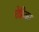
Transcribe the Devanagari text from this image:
ऐफ़्रिका